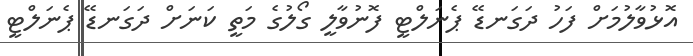
އޮޅުވާލުމަށް ފަހު ދަގަނޑޭ ޕެނަލްޓީ ފޮނުވާލީ ގޯލުގެ މަތީ ކަނަށް ދަގަނޑޭ ޕެނަލްޓީ